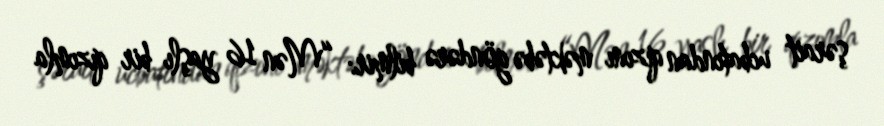
şərait ucbatından qızını məktəbə göndərə bilmir: “Mən 16 yaşlı bir qızımla